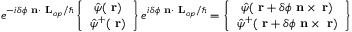
e ^ { - i \delta \phi \mathrm { \bf ~ n } \cdot \mathrm { \bf ~ L } _ { o p } / \hbar } \left\{ \begin{array} { c } { \hat { \psi } ( \mathrm { \bf ~ r } ) } \\ { \hat { \psi } ^ { + } ( \mathrm { \bf ~ r } ) } \end{array} \right\} e ^ { i \delta \phi \mathrm { \bf ~ n } \cdot \mathrm { \bf ~ L } _ { o p } / \hbar } = \left\{ \begin{array} { c } { \hat { \psi } ( \mathrm { \bf ~ r } + \delta \phi \mathrm { \bf ~ n } \times \mathrm { \bf ~ r } ) } \\ { \hat { \psi } ^ { + } ( \mathrm { \bf ~ r } + \delta \phi \mathrm { \bf ~ n } \times \mathrm { \bf ~ r } ) } \end{array} \right\}